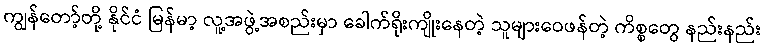
ကျွန်တော့်တို့ နိုင်ငံ မြန်မာ့ လူ့အဖွဲ့အစည်းမှာ ခေါက်ရိုးကျိုးနေတဲ့ သူများဝေဖန်တဲ့ ကိစ္စတွေ နည်းနည်း